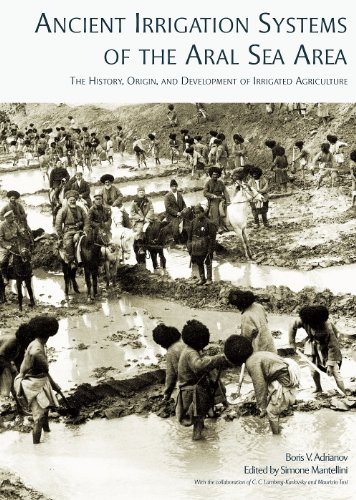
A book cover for Ancient Irrigation Systems of the Aral Sea Area: The History, Origin, and Development of Irrigated Agriculture (American School of Prehistoric Research Monographs); B. V. Adrianov; Science & Math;